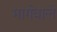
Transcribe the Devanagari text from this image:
मार्गवाले